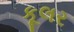
કૂલર